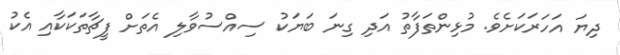
ދިޔަ އަހަރަކަށެވެ. މުޅިންތަފާތު އަދި ގިނަ ބަޔަކު ސިއްސުވާލި އެތަށް ފީޗާތަކަކާއި އެކު